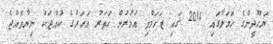
ޔަހޫދީންގެ ހަމަލާގައި 2014 ގައި ޒަހަމްވި އުމުރުން ހަތަރު އަހަރުގެ ކުއްޖަކު ނިޔާވެއްޖެ